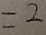
= 2